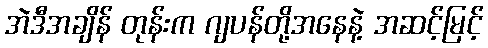
အဲဒီအချိန် တုန်းက ဂျပန်တို့အနေနဲ့ အဆင့်မြင့်